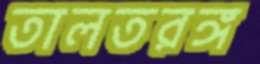
তালতরঙ্গ